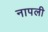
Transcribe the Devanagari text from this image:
नापली